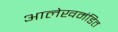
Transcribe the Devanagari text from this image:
आलेखमंडित